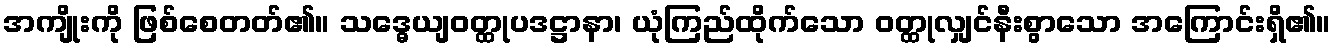
အကျိုးကို ဖြစ်စေတတ်၏။ သဒ္ဓေယျဝတ္ထုပဒဋ္ဌာနာ၊ ယုံကြည်ထိုက်သော ဝတ္ထုလျှင်နီးစွာသော အကြောင်းရှိ၏။